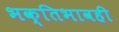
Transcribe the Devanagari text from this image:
भक्तिभावही